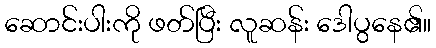
ဆောင်းပါးကို ဖတ်ပြီး လူဆန်း ဒေါပွနေ၏။